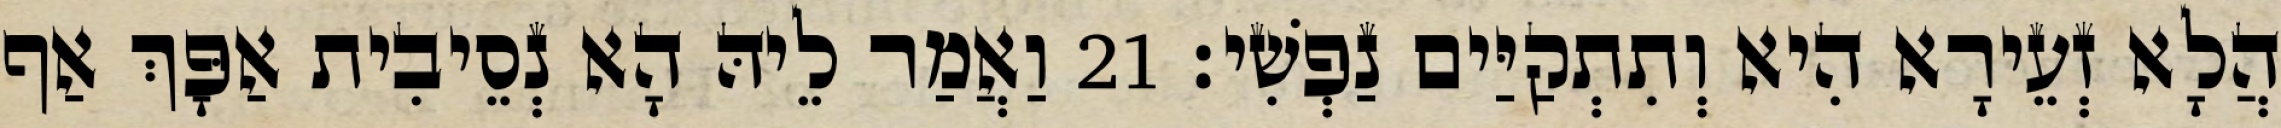
הֲלָא זְעֵירָא הִיא וְתִתְקַיַּים נַפְשִׁי׃ 21 וַאֲמַר לֵיהּ הָא נְסֵיבִית אַפָּךְ אַף